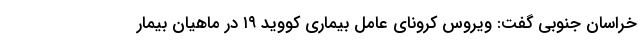
خراسان جنوبی گفت: ویروس کرونای عامل بیماری کووید ۱۹ در ماهیان بیمار